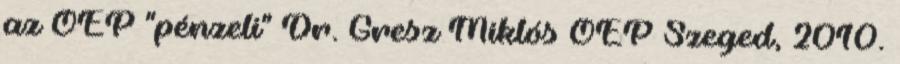
az OEP "pénzeli" Dr. Gresz Miklós OEP Szeged, 2010.